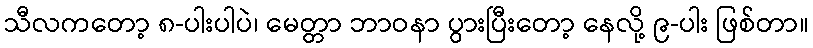
သီလကတော့ ၈-ပါးပါပဲ၊ မေတ္တာ ဘာဝနာ ပွားပြီးတော့ နေလို့ ၉-ပါး ဖြစ်တာ။